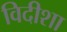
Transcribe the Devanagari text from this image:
विदीशा